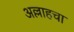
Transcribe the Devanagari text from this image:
अल्लाहचा